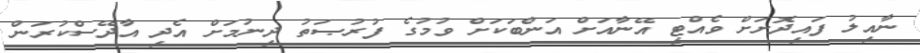
ނާއިލު ފައިދޮށަށް ވެއްޓި އޭނާއަށް އަންބަކަށް ވުމުގެ ފުރުޞަތު ދިނުމަށް އެދި އާދޭސްކުރަން